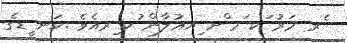
ެރ މަރު ަކ ަމ ްށ ިއޢުލާން ުކ ިރއެވެ .ކަނ ީޑގެ